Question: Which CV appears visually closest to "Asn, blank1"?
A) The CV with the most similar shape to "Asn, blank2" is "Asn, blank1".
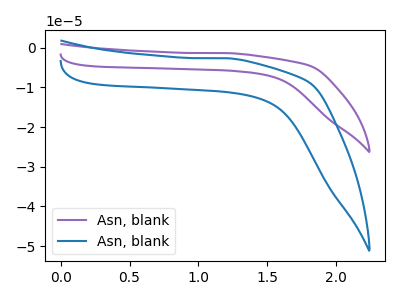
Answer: <think>The purple curve "Asn, blank1" has no peaks. The blue curve "Asn, blank2" has no peaks.
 Neither "Asn, blank1" or "Asn, blank2" have any peaks.</think>
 <answer>A) The CV with the most similar shape to "Asn, blank2" is "Asn, blank1".</answer>
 <eval>A</eval>